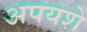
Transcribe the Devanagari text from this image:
अपयशे